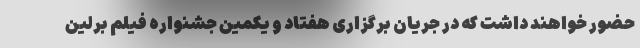
حضور خواهند داشت که در جریان برگزاری هفتاد و یکمین جشنواره فیلم برلین